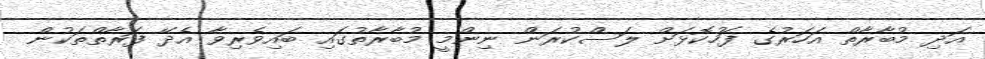
އަދި މުބާރާތް އަހަރުގެ ފަހުކޮޅަށް ލަސްކުރަން ނިންމީ މުބާރާތުގައި ބައިވެރިވާ އެދޭ ފަރާތްތަކުން